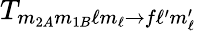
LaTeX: T_{m_{2A}m_{1B}\ell m_{\ell}\rightarrow f\ell^{\prime}m_{\ell}^{\prime}}